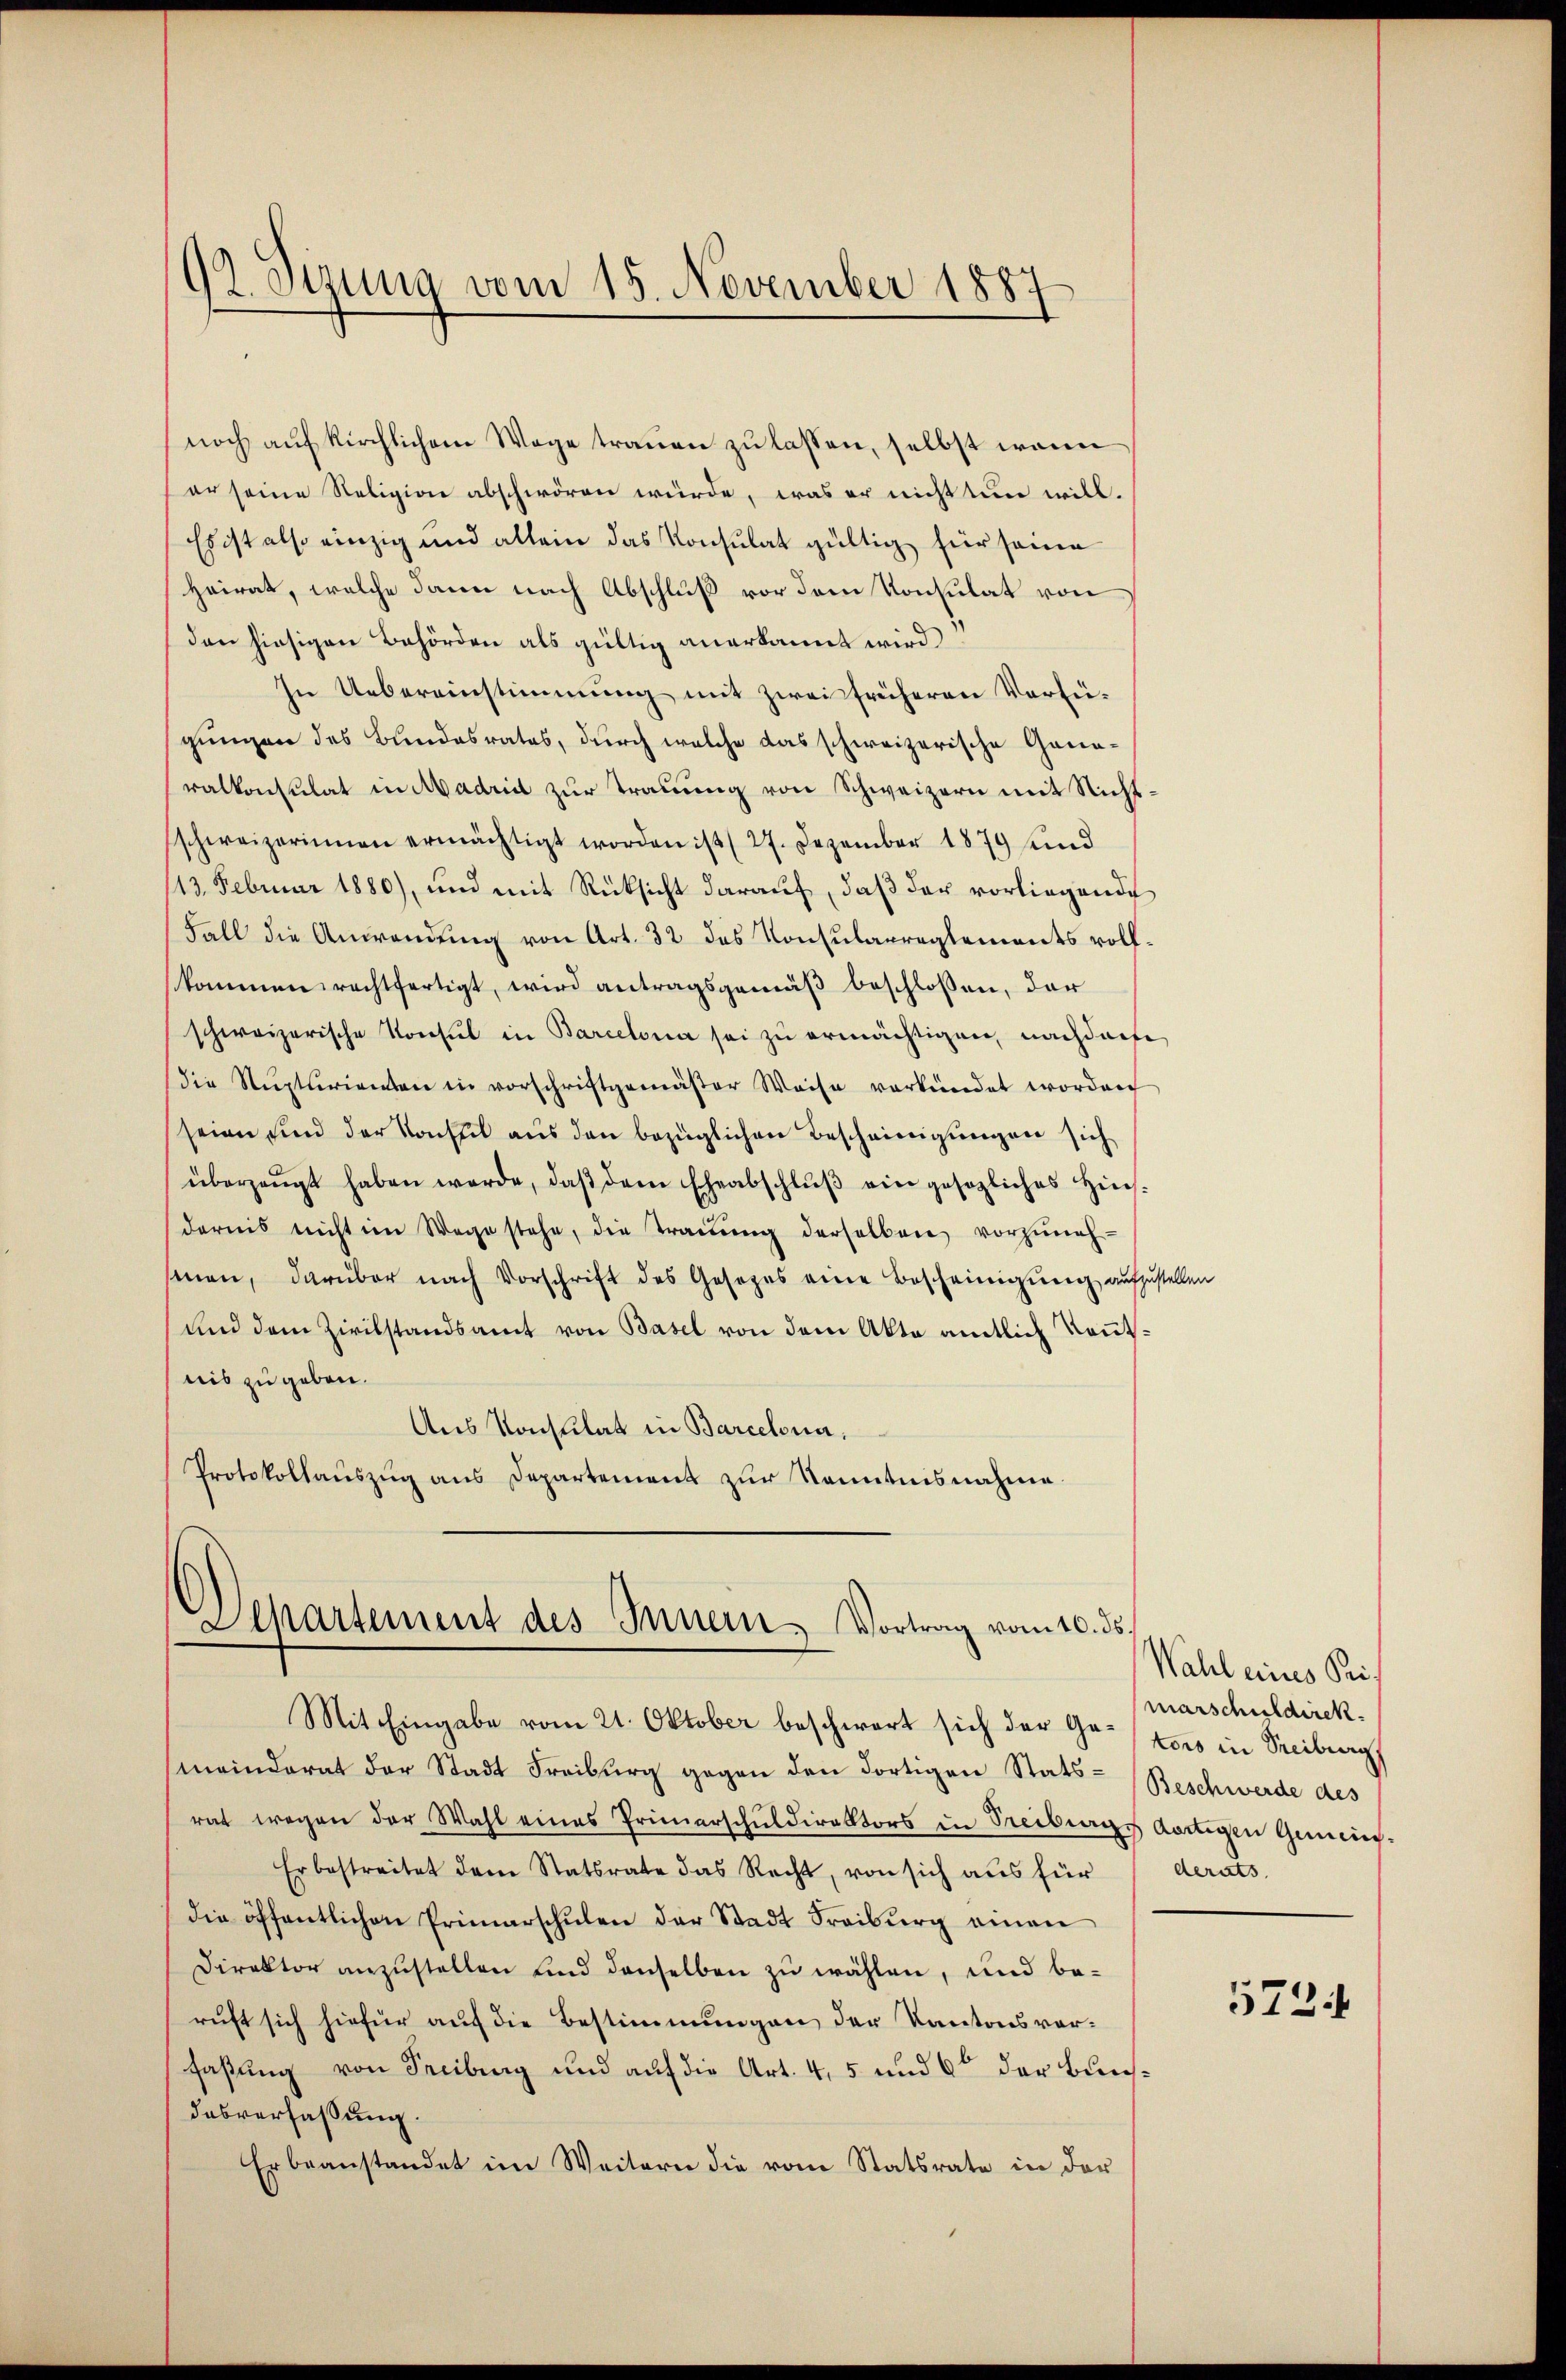
92. Sizung vom 15. November 1887

noch auf kirchlichem Wege trauen zu lassen, selbst wenn
er seine Religion abschwören würde, was er nicht tun will.
Es ist also einzig und allein das Konsulat gültig für seine
Heirat, welche dann nach Abschluß vor dem Konsulat von
den hiesigen Behörden als gültig anerkannt wird.
In Uebereinstimmung mit zwei früheren Verfügungen des Bundesrates, durch welche das schweizerische Ganaralkonsulat in Madrid zur Trauung von Schweizern mit Nicht:
schweizerinnen ermächtigt worden ist (27. Dezember 1879 und
113. Februar 1880), und mit Rücksicht darauf, daß der vorliegende
Fall die Anwendung von Art. 32 des Konsularreglements vollkommen rechtfertigt, wird antragsgemäß beschlossen, der
schweizerische Konsul in Barcelona sei zu ermächtigen, nachderse
die Nupturienten in vorschriftgemäβer Weise verkündet worden
seien und der Konstil aus den bezüglichen Bescheinigungen sich
überzeugt haben werde, daβ dem Eheabschlŭβ ein gesezliches Hins-
dernis nicht im Wege stehe, die Trauung derselben vorzuneh-
sinen, darüber nach Vorschrift des Gesezes eine Bescheinigŭng aufzustellen
und dem Zivilstandsamt von Basel von dem Akte amtlich Kenntnis zu geben.
Aus Konsulat in Barcelona,
Protokollauszug aus Departement zur Kenntnisnahme.

Departement des Innern Vortrag vom 16. ds.
Mit Eingabe vom 21. Oktober beschwert sich der Ge¬tors in Freiburg

(meinderat der Stadt Freiburg gegen den dortigen Stats-Beschwerde des
rat wegen der Wahl eines Primerschuldirektors in Treiburgs dortigen Gemein-
Er bestreitet dem Statsrate das Recht, von sich aus für
die öffentlichen Primarschŭlen der Stadt Freiburg einen
Direktor anzustellen und denselben zu wählen, und be-
ruft sich hiefür auf die Bestimmungen der Kantonsvorfaßung von Freiburg und auf die Art. 4, 5 und 6 der Bunsdasverfaßung.
Er beanstandet im Weitern die vom Statsrate in der

Wahl eines Primarschuldirek
derats.

573.